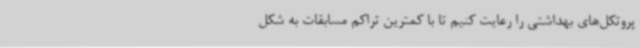
پروتکل‌های بهداشتی را رعایت کنیم تا با کمترین تراکم مسابقات به شکل